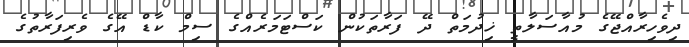
ދިވެހިރާއްޖޭގެ މުއާސަލާތީ ޚިދުމަތް ދޭ ފަރާތަކުން ކަސްޓަމަރެއްގެ ސިމް ކާޑް އޭގެ ވެރިފަރާތުގެ